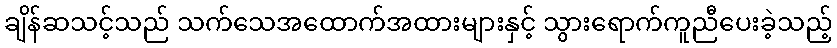
ချိန်ဆသင့်သည် သက်သေအထောက်အထားများနှင့် သွားရောက်ကူညီပေးခဲ့သည့်